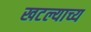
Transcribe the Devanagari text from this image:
खटल्याच्य